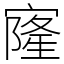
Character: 㝫